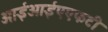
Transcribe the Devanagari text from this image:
आईआईएएफटी